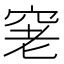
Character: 𥥧